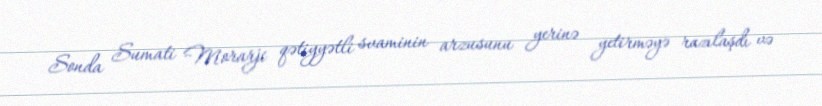
Sonda Sumati Morarji qətiyyətli svaminin arzusunu yerinə yetirməyə razılaşdı və